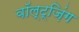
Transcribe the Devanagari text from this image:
वॉल्ट्ज़िंग